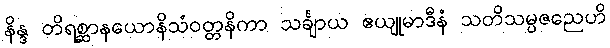
နိန္ဒ တိရစ္ဆာနယောနိသံဝတ္တနိကာ သင်္ချာယ ဧယျုမာဒီနံ သတိသမ္ပဇညေဟိ